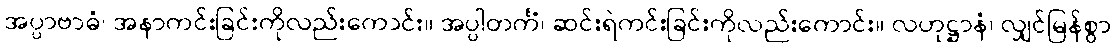
အပ္ပာဗာဓံ၊ အနာကင်းခြင်းကိုလည်းကောင်း။ အပ္ပါတင်္ကံ၊ ဆင်းရဲကင်းခြင်းကိုလည်းကောင်း။ လဟုဋ္ဌာနံ၊ လျှင်မြန်စွာ